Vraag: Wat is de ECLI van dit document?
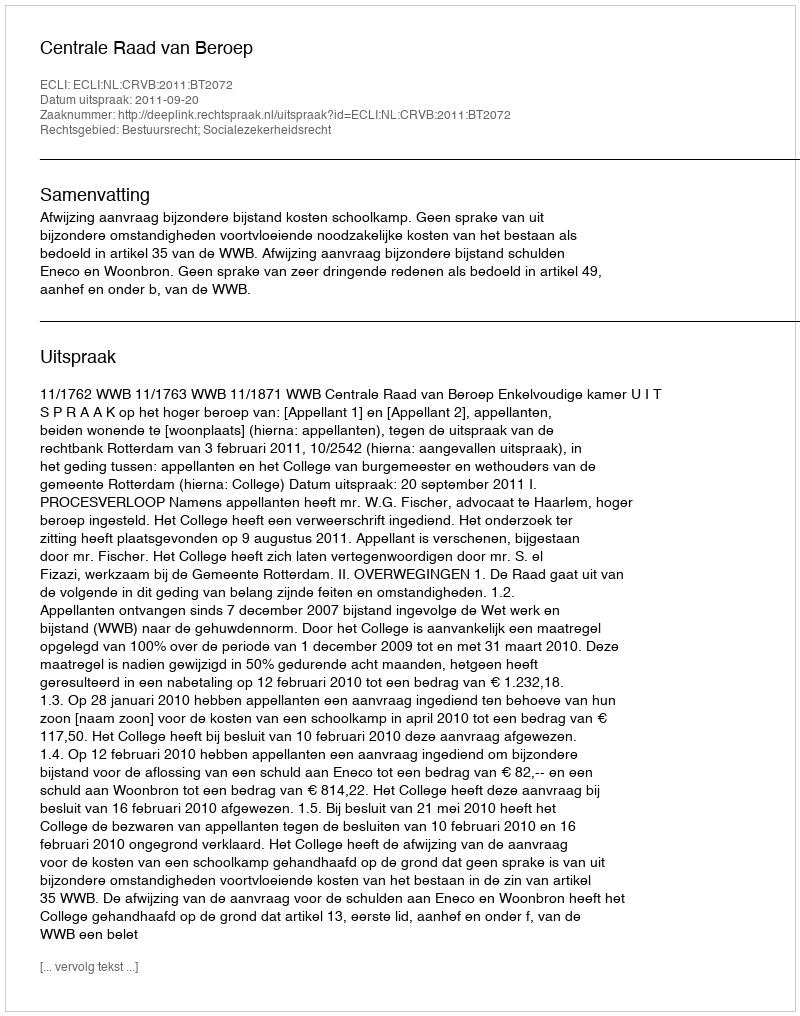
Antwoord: ECLI:NL:CRVB:2011:BT2072